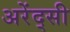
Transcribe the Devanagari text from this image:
अरेंद्सी